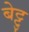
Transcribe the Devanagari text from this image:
बेट्टु